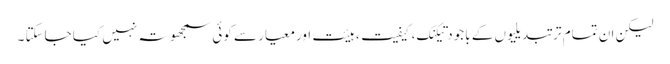
لیکن ان تمام تر تبدیلیوں کے باجود تیکنک، کیفیت، ہیئت اورمعیار سے کوئی سمجھوتہ نہیں کیا جاسکتا ۔